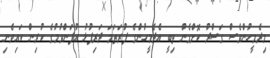
މިދެމީހުންވެސް ގަސްދު ކޮށްގެން ތިބީ އެދެމީހުންގެ ފުރަތަމަ ދަރިފުޅު އުފަންވުމުގެ ކުރިން ކައިވެނި